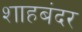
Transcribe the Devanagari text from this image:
शाहबंदर